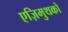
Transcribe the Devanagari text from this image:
एज़िमुथको